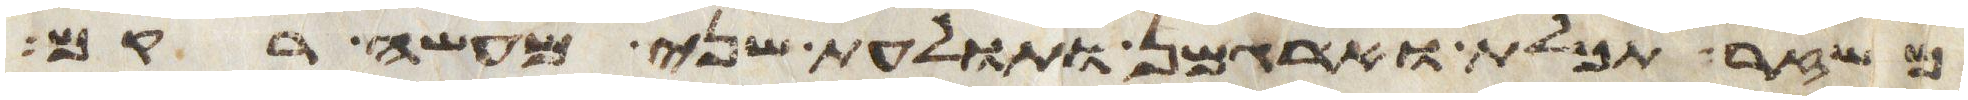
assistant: משזר תכלת וארגמן ותולעת שני מעשה רקם